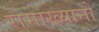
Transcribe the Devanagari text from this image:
रामाख्यानों